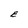
Character: E